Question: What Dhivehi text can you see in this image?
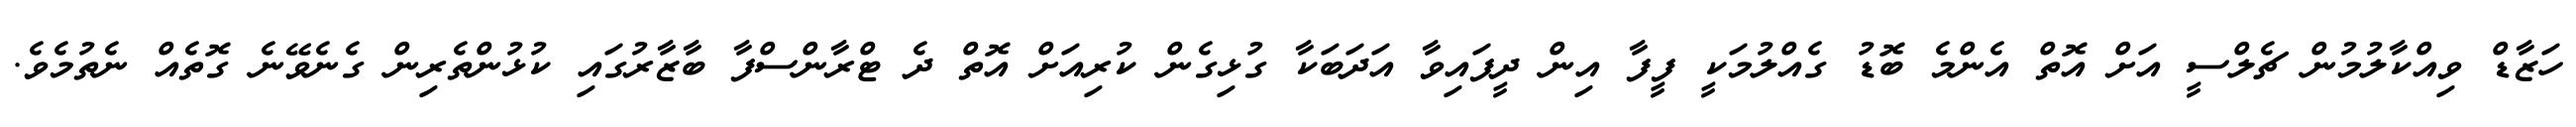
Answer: ހަޒާޑް ވިއްކާލުމުން ޗެލްސީ އަށް އޮތް އެންމެ ބޮޑު ގެއްލުމަކީ ފީފާ އިން ދީފައިވާ އަދަބަކާ ގުޅިގެން ކުރިއަށް އޮތް ދެ ޓްރާންސްފާ ބާޒާރުގައި ކުޅުންތެރިން ގެނެވޭނެ ގޮތެއް ނެތުމެވެ.